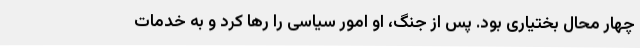
چهار محال بختیاری بود. پس از جنگ، او امور سیاسی را رها کرد و به خدمات